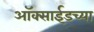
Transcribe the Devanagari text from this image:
ऑक्साईडच्या